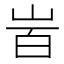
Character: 𡶾